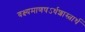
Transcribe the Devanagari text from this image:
वक्ष्यमाणषऽर्धशास्त्रार्थ